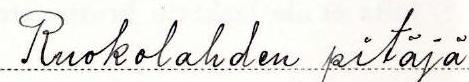
Ruokolahden pitäjä